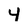
Character: 4